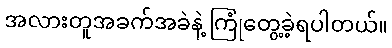
အလားတူအခက်အခဲနဲ့ ကြုံတွေ့ခဲ့ရပါတယ်။